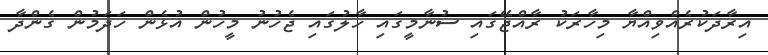
އިރާދަކުރެއްވިއްޔާ މިހާރަކު ރާއްޖޭގައި ސުނާމީގައި ހާލުގައި ޖެހުނު މީހުން އުޅެން ހަދަމުން ގެންދާ